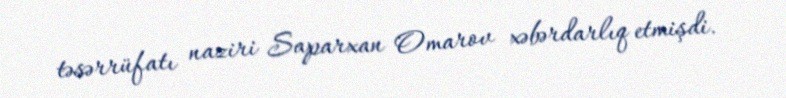
təsərrüfatı naziri Saparxan Omarov xəbərdarlıq etmişdi.